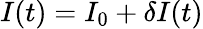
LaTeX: I(t)=I_{0}+\delta I(t)